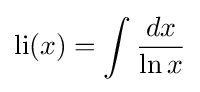
{\text{li}}(x)=\int {\frac {dx}{\ln x}}